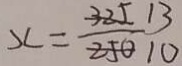
x = \frac { 1 3 } { 1 0 }